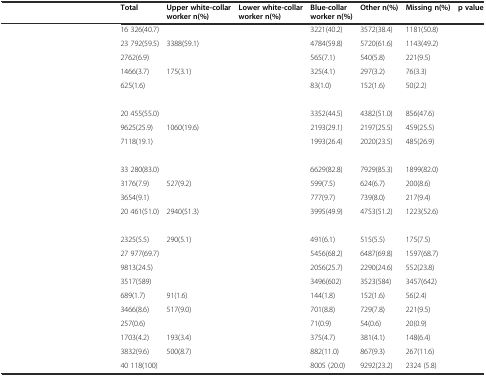
<table><thead><tr><td>[EMPTY_CELL]</td><td><b>Total</b></td><td><b>Upper white-collar worker n(%)</b></td><td><b>Lower white-collar worker n(%)</b></td><td><b>Blue-collar worker n(%)</b></td><td><b>Other n(%)</b></td><td><b>Missing n(%)</b></td><td><b>p value</b></td></tr></thead><tbody><tr><td>[EMPTY_CELL]</td><td>16 326(40.7)</td><td>[EMPTY_CELL]</td><td>[EMPTY_CELL]</td><td>3221(40.2)</td><td>3572(38.4)</td><td>1181(50.8)</td><td>[EMPTY_CELL]</td></tr><tr><td>[EMPTY_CELL]</td><td>23 792(59.5)</td><td>3388(59.1)</td><td>[EMPTY_CELL]</td><td>4784(59.8)</td><td>5720(61.6)</td><td>1143(49.2)</td><td>[EMPTY_CELL]</td></tr><tr><td>[EMPTY_CELL]</td><td>2762(6.9)</td><td>[EMPTY_CELL]</td><td>[EMPTY_CELL]</td><td>565(7.1)</td><td>540(5.8)</td><td>221(9.5)</td><td>[EMPTY_CELL]</td></tr><tr><td>[EMPTY_CELL]</td><td>1466(3.7)</td><td>175(3.1)</td><td>[EMPTY_CELL]</td><td>325(4.1)</td><td>297(3.2)</td><td>76(3.3)</td><td>[EMPTY_CELL]</td></tr><tr><td>[EMPTY_CELL]</td><td>625(1.6)</td><td>[EMPTY_CELL]</td><td>[EMPTY_CELL]</td><td>83(1.0)</td><td>152(1.6)</td><td>50(2.2)</td><td>[EMPTY_CELL]</td></tr><tr><td>[EMPTY_CELL]</td><td>[EMPTY_CELL]</td><td>[EMPTY_CELL]</td><td>[EMPTY_CELL]</td><td>[EMPTY_CELL]</td><td>[EMPTY_CELL]</td><td>[EMPTY_CELL]</td><td>[EMPTY_CELL]</td></tr><tr><td>[EMPTY_CELL]</td><td>20 455(55.0)</td><td>[EMPTY_CELL]</td><td>[EMPTY_CELL]</td><td>3352(44.5)</td><td>4382(51.0)</td><td>856(47.6)</td><td>[EMPTY_CELL]</td></tr><tr><td>[EMPTY_CELL]</td><td>9625(25.9)</td><td>1060(19.6)</td><td>[EMPTY_CELL]</td><td>2193(29.1)</td><td>2197(25.5)</td><td>459(25.5)</td><td>[EMPTY_CELL]</td></tr><tr><td>[EMPTY_CELL]</td><td>7118(19.1)</td><td>[EMPTY_CELL]</td><td>[EMPTY_CELL]</td><td>1993(26.4)</td><td>2020(23.5)</td><td>485(26.9)</td><td>[EMPTY_CELL]</td></tr><tr><td>[EMPTY_CELL]</td><td>[EMPTY_CELL]</td><td>[EMPTY_CELL]</td><td>[EMPTY_CELL]</td><td>[EMPTY_CELL]</td><td>[EMPTY_CELL]</td><td>[EMPTY_CELL]</td><td>[EMPTY_CELL]</td></tr><tr><td>[EMPTY_CELL]</td><td>33 280(83.0)</td><td>[EMPTY_CELL]</td><td>[EMPTY_CELL]</td><td>6629(82.8)</td><td>7929(85.3)</td><td>1899(82.0)</td><td>[EMPTY_CELL]</td></tr><tr><td>[EMPTY_CELL]</td><td>3176(7.9)</td><td>527(9.2)</td><td>[EMPTY_CELL]</td><td>599(7.5)</td><td>624(6.7)</td><td>200(8.6)</td><td>[EMPTY_CELL]</td></tr><tr><td>[EMPTY_CELL]</td><td>3654(9.1)</td><td>[EMPTY_CELL]</td><td>[EMPTY_CELL]</td><td>777(9.7)</td><td>739(8.0)</td><td>217(9.4)</td><td>[EMPTY_CELL]</td></tr><tr><td>[EMPTY_CELL]</td><td>20 461(51.0)</td><td>2940(51.3)</td><td>[EMPTY_CELL]</td><td>3995(49.9)</td><td>4753(51.2)</td><td>1223(52.6)</td><td>[EMPTY_CELL]</td></tr><tr><td>[EMPTY_CELL]</td><td>[EMPTY_CELL]</td><td>[EMPTY_CELL]</td><td>[EMPTY_CELL]</td><td>[EMPTY_CELL]</td><td>[EMPTY_CELL]</td><td>[EMPTY_CELL]</td><td>[EMPTY_CELL]</td></tr><tr><td>[EMPTY_CELL]</td><td>2325(5.5)</td><td>290(5.1)</td><td>[EMPTY_CELL]</td><td>491(6.1)</td><td>515(5.5)</td><td>175(7.5)</td><td>[EMPTY_CELL]</td></tr><tr><td>[EMPTY_CELL]</td><td>27 977(69.7)</td><td>[EMPTY_CELL]</td><td>[EMPTY_CELL]</td><td>5456(68.2)</td><td>6487(69.8)</td><td>1597(68.7)</td><td>[EMPTY_CELL]</td></tr><tr><td>[EMPTY_CELL]</td><td>9813(24.5)</td><td>[EMPTY_CELL]</td><td>[EMPTY_CELL]</td><td>2056(25.7)</td><td>2290(24.6)</td><td>552(23.8)</td><td>[EMPTY_CELL]</td></tr><tr><td>[EMPTY_CELL]</td><td>3517(589)</td><td>[EMPTY_CELL]</td><td>[EMPTY_CELL]</td><td>3496(602)</td><td>3523(584)</td><td>3457(642)</td><td>[EMPTY_CELL]</td></tr><tr><td>[EMPTY_CELL]</td><td>689(1.7)</td><td>91(1.6)</td><td>[EMPTY_CELL]</td><td>144(1.8)</td><td>152(1.6)</td><td>56(2.4)</td><td>[EMPTY_CELL]</td></tr><tr><td>[EMPTY_CELL]</td><td>3466(8.6)</td><td>517(9.0)</td><td>[EMPTY_CELL]</td><td>701(8.8)</td><td>729(7.8)</td><td>221(9.5)</td><td>[EMPTY_CELL]</td></tr><tr><td>[EMPTY_CELL]</td><td>257(0.6)</td><td>[EMPTY_CELL]</td><td>[EMPTY_CELL]</td><td>71(0.9)</td><td>54(0.6)</td><td>20(0.9)</td><td>[EMPTY_CELL]</td></tr><tr><td>[EMPTY_CELL]</td><td>1703(4.2)</td><td>193(3.4)</td><td>[EMPTY_CELL]</td><td>375(4.7)</td><td>381(4.1)</td><td>148(6.4)</td><td>[EMPTY_CELL]</td></tr><tr><td>[EMPTY_CELL]</td><td>3832(9.6)</td><td>500(8.7)</td><td>[EMPTY_CELL]</td><td>882(11.0)</td><td>867(9.3)</td><td>267(11.6)</td><td>[EMPTY_CELL]</td></tr><tr><td>[EMPTY_CELL]</td><td>40 118(100)</td><td>[EMPTY_CELL]</td><td>[EMPTY_CELL]</td><td>8005 (20.0)</td><td>9292(23.2)</td><td>2324 (5.8)</td><td>[EMPTY_CELL]</td></tr></tbody></table>